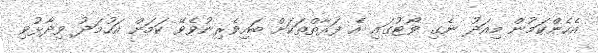
އެހެންކަމުން މިއަދު ނެގި ވޯޓުގައި އެ ފަރާތްތަކަށް ބައިވެރިނުވެވޭ ކަމަށް އަހުމަދު ވިދާޅުވި